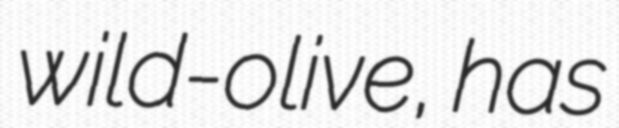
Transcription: wild-olive, has